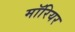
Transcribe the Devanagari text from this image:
मॉरियर